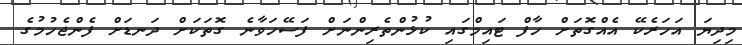
މިދިޔަ އަހަރެކޭ އެއްގޮތަށް ހާފް ޓައިމްގައި ކުޅުންތެރިންނަށް ފަސޭހަވާނެ ގޮތަކަށް ދަނޑަށް ފެންޖެހުމުގެ